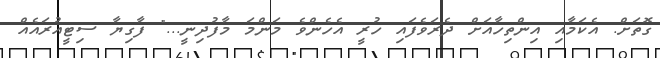
ގޮތަށް. އެކަމާއި އިންތިހާއަށް ދެރަވެފައި ހުރީ އެހެންވެ މަންމަ މާފުދިނީ..." ފާގިޔާ ސިޓީއުރައެއް